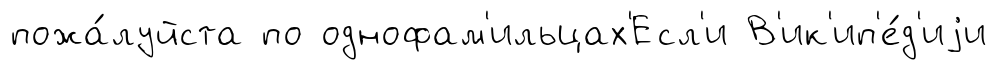
пожа́луйста по однофам'ильцах'Есл'и В'ик'ип'е́д'иjи